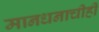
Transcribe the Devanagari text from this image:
मानधनाचीही